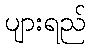
ပျားရည်